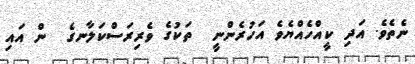
ނެތެވެ. އަދި ކީއްހެއްޔެވެ އަހުރެންނީ  ތަކުގެ ވެރިރަސްކަލާނގެ  ން އައި